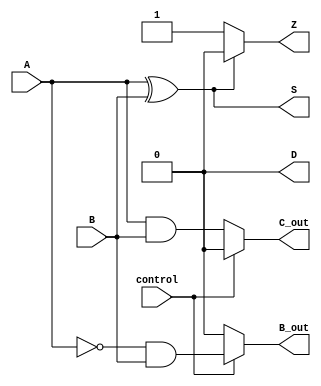
module ALU(
    input wire A,
    input wire B,
    input wire control,
    
    output reg S,
    output reg D,
    output reg Z,
    output reg C_out,
    output reg B_out
);

always @ (A or B or control)
begin
    if (control == 1'b0) begin
        // Addition
        S = A ^ B; // XOR operation for sum
        C_out = A & B; // AND operation for carry-out
        D = 1'b0; // Set difference output to 0
        B_out = 1'b0; // Set borrow-out to 0
        
        if (S == 1'b0) begin
            Z = 1'b1; // Set zero flag if output is zero
        end else begin
            Z = 1'b0;
        end
    end else begin
        // Subtraction
        S = A ^ B; // XOR operation for difference
        B_out = ~A & B; // NAND operation for borrow-out
        C_out = 1'b0; // Set carry-out to 0
        D = 1'b0; // Set sum output to 0
        
        if (S == 1'b0) begin
            Z = 1'b1; // Set zero flag if output is zero
        end else begin
            Z = 1'b0;
        end
    end
end

endmodule